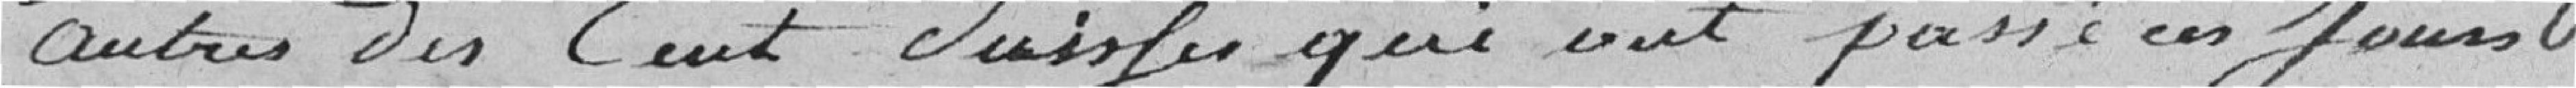
autres des cent Suisses qui ont passé ces jours